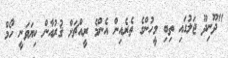
"ދޫނިދޫ ޖަލުގައި ތިބި މީހުންގެ ތެރެއިން އެންމެ ރީއްޗަށް ޤުރުއާން ކިޔަވަނީ ހޯމް